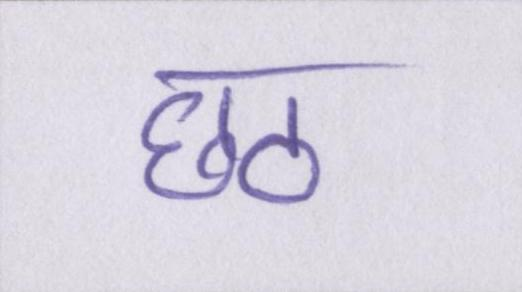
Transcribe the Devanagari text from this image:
छठ